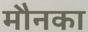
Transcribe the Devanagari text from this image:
मौनका